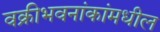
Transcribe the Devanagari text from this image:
वक्रीभवनांकांमधील